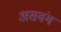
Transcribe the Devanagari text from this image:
असवंग